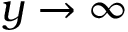
y \rightarrow \infty